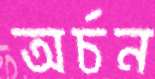
অর্চন